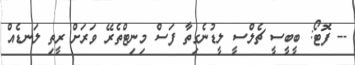
-- ފޮޓޯ: ބީބީސީ ޗެލްސީ ލީޑުނެގިތާ ފަސް މިނިޓްތެރޭ ވަރަށް ރީތި ލަނޑެއް